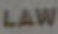
LAW